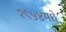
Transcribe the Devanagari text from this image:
१९५४मधे